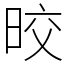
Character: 晈